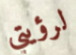
لرؤيتي